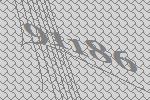
91186